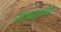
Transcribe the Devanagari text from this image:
नगस्वरूपणी